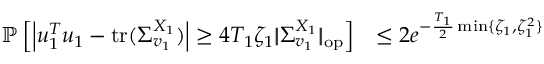
\begin{array} { r l } { \mathbb P \left[ \left\vert \boldsymbol { u } _ { 1 } ^ { T } \boldsymbol { u } _ { 1 } - \mathrm { t r } ( \Sigma _ { \boldsymbol { v } _ { 1 } } ^ { X _ { 1 } } ) \right\vert \geq 4 T _ { 1 } \zeta _ { 1 } | \! | \Sigma _ { \boldsymbol { v } _ { 1 } } ^ { X _ { 1 } } | \! | _ { \mathrm { o p } } \right] } & { \leq 2 e ^ { - \frac { T _ { 1 } } 2 \operatorname* { m i n } \{ \zeta _ { 1 } , \zeta _ { 1 } ^ { 2 } \} } } \end{array}